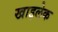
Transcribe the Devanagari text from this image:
खाइलेक